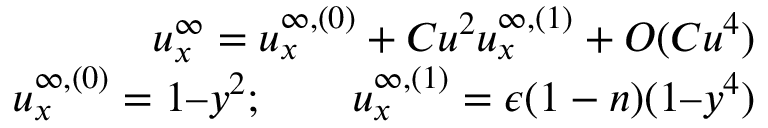
\begin{array} { r } { u _ { x } ^ { \infty } = u _ { x } ^ { \infty , ( 0 ) } + C u ^ { 2 } u _ { x } ^ { \infty , ( 1 ) } + O ( C u ^ { 4 } ) } \\ { u _ { x } ^ { \infty , ( 0 ) } = 1 – y ^ { 2 } ; \qquad u _ { x } ^ { \infty , ( 1 ) } = \epsilon ( 1 - n ) ( 1 – y ^ { 4 } ) } \end{array}